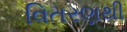
વિતરણથી